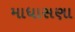
માધાસણા